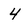
Character: 4